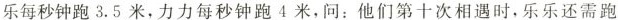
乐每秒钟跑3.5米，力力每秒钟跑4米，问：他们第十次相遇时，乐乐还需跑